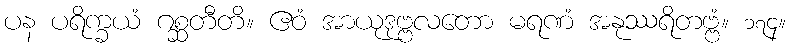
ပန ပရိက္ခယံ ဂစ္ဆတီတိ။ ဧဝံ အာယုဒုဗ္ဗလတော မရဏံ အနုဿရိတဗ္ဗံ။ ၁၇၄။